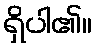
ရှိပါ၏။